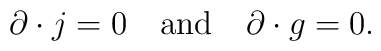
\partial \cdot j = 0 \, \, \, \, \, \, {\rm and} \, \, \, \, \, \,\partial \cdot g = 0 .